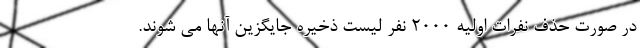
در صورت حذف نفرات اولیه ۲۰۰۰ نفر لیست ذخیره جایگزین آنها می شوند.